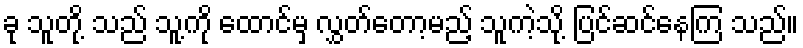
ခု သူတို့ သည် သူ့ကို ထောင်မှ လွှတ်တော့မည့် သူကဲ့သို့ ပြင်ဆင်နေကြ သည်။